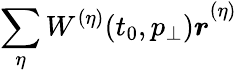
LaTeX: \sum_{\eta}^{}{{W^{(\eta)}(t_{0},p_{\bot})}\boldsymbol{r}}^{(\eta)}